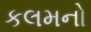
કલમનો